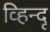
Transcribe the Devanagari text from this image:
व्हिन्दू